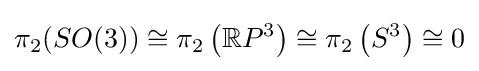
\pi _{2}(SO(3))\cong \pi _{2}\left(\mathbb {R} P^{3}\right)\cong \pi _{2}\left(S^{3}\right)\cong 0